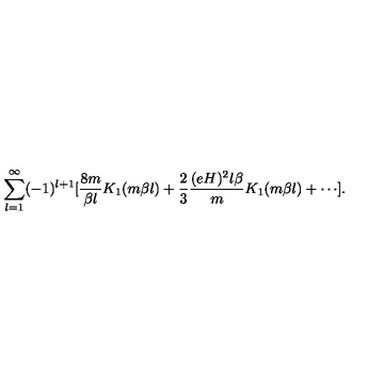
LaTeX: \sum _ { l = 1 } ^ { \infty } ( - 1 ) ^ { l + 1 } [ \frac { 8 m } { \beta l } K _ { 1 } ( m \beta l ) + \frac { 2 } { 3 } \frac { ( e H ) ^ { 2 } l \beta } { m } K _ { 1 } ( m \beta l ) + \cdots ] .